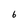
Character: 6